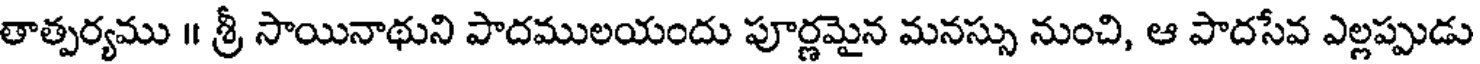
తాత్పర్యము ॥ శ్రీ సాయినాథుని పాదములయందు పూర్ణమైన మనస్సు నుంచి, ఆ పాదసేవ ఎల్లప్పుడు